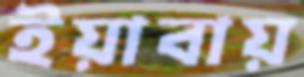
ইয়াবায়